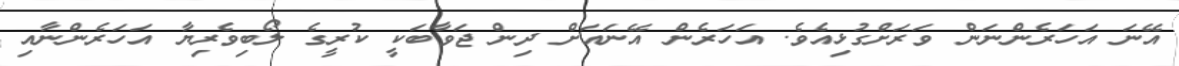
އޭނަ އަހަރެންނަން ވަރަށްގުޅިއެވެ. އަހަރެން އޭނައަށް ދިން ޖަވާބަކީ ކުރީގެ ލޯބިވެރިޔާ އަހަރެންނާއި